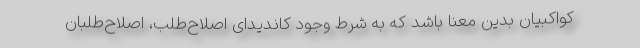
کواکبیان بدین معنا باشد که به شرط وجود کاندیدای اصلاح‌طلب، اصلاح‌طلبان